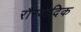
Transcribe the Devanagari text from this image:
रौरवादिक